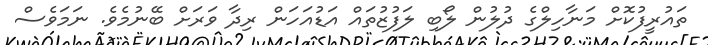
ތައުރީފުކޮށް މަނާހިލްގެ ދުލުން ލޯބި ލަފުޒުތައް އަޑުއަހަން ރިދާ ވަރަށް ބޭނުމެވެ. ނަމަވެސް